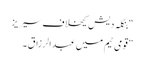
“بنگلہ دیش کیخلاف سیریز
”قومی ٹیم میں عبدالرزاق ۔